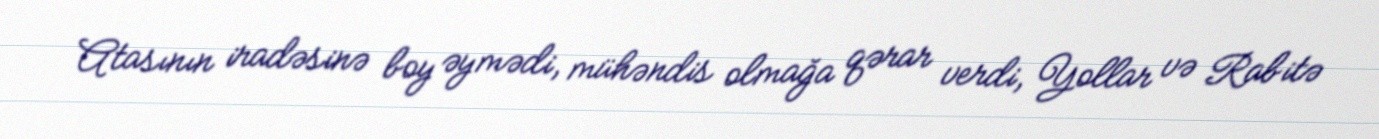
Atasının iradəsinə boy əymədi, mühəndis olmağa qərar verdi, Yollar və Rabitə